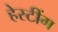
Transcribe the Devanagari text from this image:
हेस्टींग